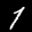
Label: 1